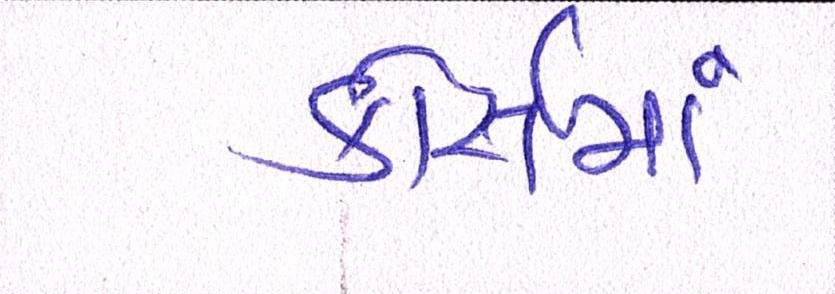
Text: કોસૅમાં